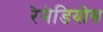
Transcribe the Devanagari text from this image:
रेमेडियोस